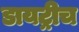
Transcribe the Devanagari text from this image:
डायट्रीच